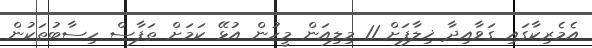
އެމެރިކާގައި ގަވާއިދާ ޚިލާފަށް 11 މިލިއަން މީހުން އުޅޭ ކަމަށް ތަފާސް ހިސާބުތަކުން